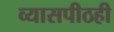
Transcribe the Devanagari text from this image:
व्यासपीठही